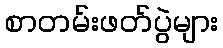
စာတမ်းဖတ်ပွဲများ